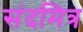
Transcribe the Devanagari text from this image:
संदमित्र